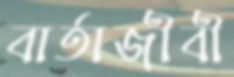
বার্তাজীবী